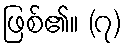
ဖြစ်၏။ (၇)